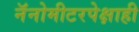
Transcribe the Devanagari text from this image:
नॅनोमीटरपेक्षाही